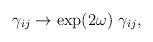
LaTeX: \begin{align*}\gamma_{ij} \to \exp(2\omega)\ \gamma_{ij},\end{align*}